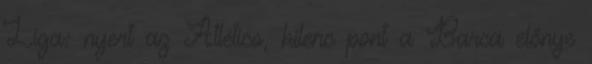
Liga: nyert az Atlético, kilenc pont a Barca előnye